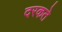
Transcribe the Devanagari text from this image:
दरकते